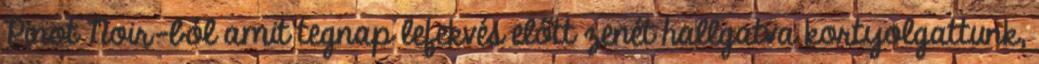
Pinot Noir-ból amit tegnap lefekvés előtt zenét hallgatva kortyolgattunk,